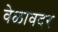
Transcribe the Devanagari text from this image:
वेळावदर